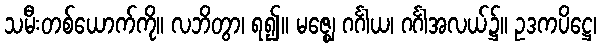
သမီးတစ်ယောက်ကို။ လဘိတွာ၊ ရ၍။ မဇ္ဈေ ဂင်္ဂါယ၊ ဂင်္ဂါအလယ်၌။ ဥဒကပိဋ္ဌေ၊